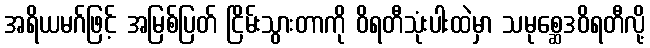
အရိယမဂ်ဖြင့် အမြစ်ပြတ် ငြိမ်းသွားတာကို ဝိရတီသုံးပါးထဲမှာ သမုစ္ဆေဒဝိရတီလို့